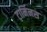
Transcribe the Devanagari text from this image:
टार्मिनस